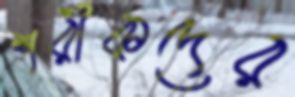
শরীকদের